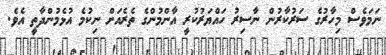
ނަމަވެސް މިހާރުގެ ސަރުކާރުން ނާސިރު ހައްޔަރުކުރީ އާންމުންގެ ތެރެއަށް ނިކުމެ އުޅެމުންދާތީ އެވެ.